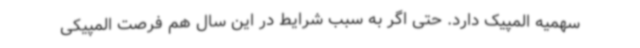
سهمیه المپیک دارد. حتی اگر به سبب شرایط در این سال هم فرصت المپیکی